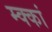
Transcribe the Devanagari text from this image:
म्क्कां